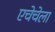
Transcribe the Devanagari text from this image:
एचेचेला